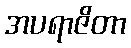
အပရာဇိတာ